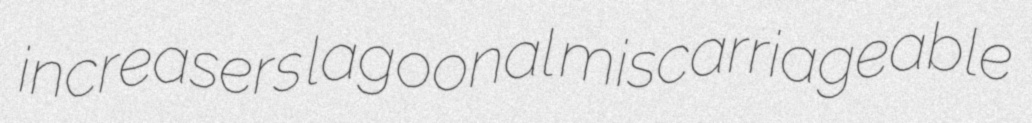
increasers lagoonal miscarriageable